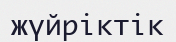
жүйріктік